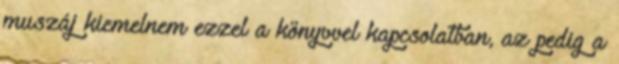
muszáj kiemelnem ezzel a könyvvel kapcsolatban, az pedig a